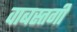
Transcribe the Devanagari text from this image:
वाबस्तगी